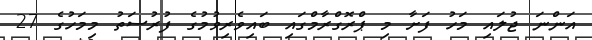
އަންނަ ޖުލައި މަހު ފަށާ މި ޕްރޮގްރާމްގައި ބައިވެރިވުމުގެ ފުރުސަތު މިމަހުގެ 27